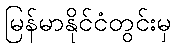
မြန်မာနိုင်ငံတွင်းမှ